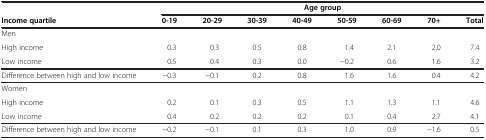
<table><thead><tr><td><b> </b></td><td colspan="8"><b>Age group</b></td></tr><tr><td><b>Income quartile</b></td><td><b>0-19</b></td><td><b>20-29</b></td><td><b>30-39</b></td><td><b>40-49</b></td><td><b>50-59</b></td><td><b>60-69</b></td><td><b>70+</b></td><td><b>Total</b></td></tr></thead><tbody><tr><td>Men</td><td> </td><td> </td><td> </td><td> </td><td> </td><td> </td><td> </td><td> </td></tr><tr><td>High income</td><td>0.3</td><td>0.3</td><td>0.5</td><td>0.8</td><td>1.4</td><td>2.1</td><td>2.0</td><td>7.4</td></tr><tr><td>Low income</td><td>0.5</td><td>0.4</td><td>0.3</td><td>0.0</td><td>−0.2</td><td>0.6</td><td>1.6</td><td>3.2</td></tr><tr><td>Difference between high and low income</td><td>−0.3</td><td>−0.1</td><td>0.2</td><td>0.8</td><td>1.6</td><td>1.6</td><td>0.4</td><td>4.2</td></tr><tr><td>Women</td><td> </td><td> </td><td> </td><td> </td><td> </td><td> </td><td> </td><td> </td></tr><tr><td>High income</td><td>0.2</td><td>0.1</td><td>0.3</td><td>0.5</td><td>1.1</td><td>1.3</td><td>1.1</td><td>4.6</td></tr><tr><td>Low income</td><td>0.4</td><td>0.2</td><td>0.2</td><td>0.2</td><td>0.1</td><td>0.4</td><td>2.7</td><td>4.1</td></tr><tr><td>Difference between high and low income</td><td>−0.2</td><td>−0.1</td><td>0.1</td><td>0.3</td><td>1.0</td><td>0.9</td><td>−1.6</td><td>0.5</td></tr></tbody></table>